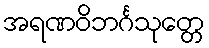
အရဏဝိဘင်္ဂသုတ္တေ